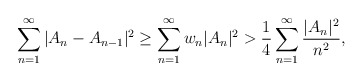
\begin{align*}{}\displaystyle\sum_{n=1}^{\infty}| A_n-A_{n-1}|^{2}&\geq\displaystyle\sum_{n=1}^{\infty} w_n|A_n|^{2}>\frac{1}{4}\displaystyle\sum_{n=1}^{\infty} \frac{|A_n|^{2}}{n^{2}},\end{align*}